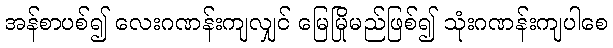
အန်စာပစ်၍ လေးဂဏန်းကျလျှင် မြေမြိုမည်ဖြစ်၍ သုံးဂဏန်းကျပါစေ